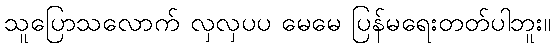
သူပြောသလောက် လှလှပပ မေမေ ပြန်မရေးတတ်ပါဘူး။